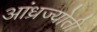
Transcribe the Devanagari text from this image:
आंध्रज्योती